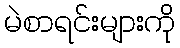
မဲစာရင်းများကို